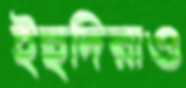
ইহুদিরাও